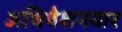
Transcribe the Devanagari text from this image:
अधिवेशनवार